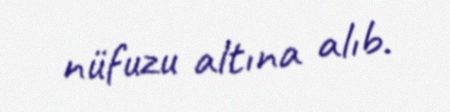
nüfuzu altına alıb.